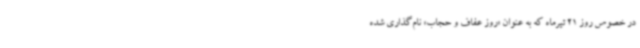
در خصوص روز 21 تیرماه که به عنوان «روز عفاف و حجاب» نام‌گذاری شده